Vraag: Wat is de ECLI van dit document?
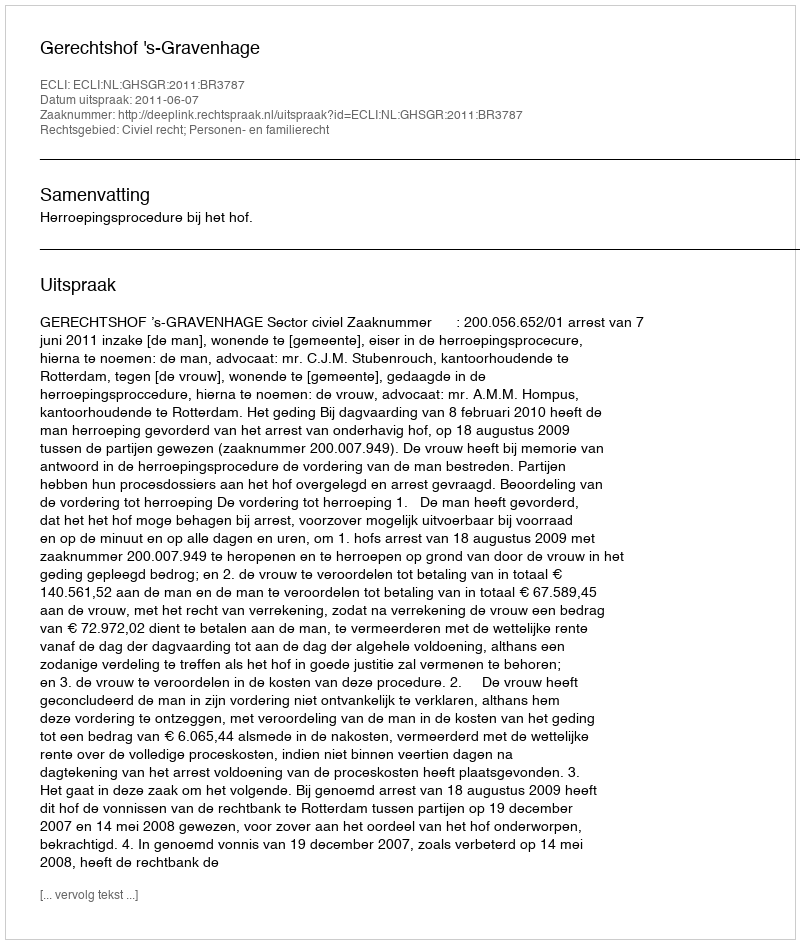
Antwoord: ECLI:NL:GHSGR:2011:BR3787